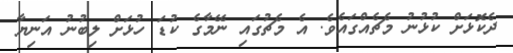
ދެކޮޅަށް ކުޅުނު މެޗެއްގައެވެ. އެ މެޗުގައި ނޭމާގެ ކުޑަ ހުޅަށް ލިބުނު އަނިޔާ